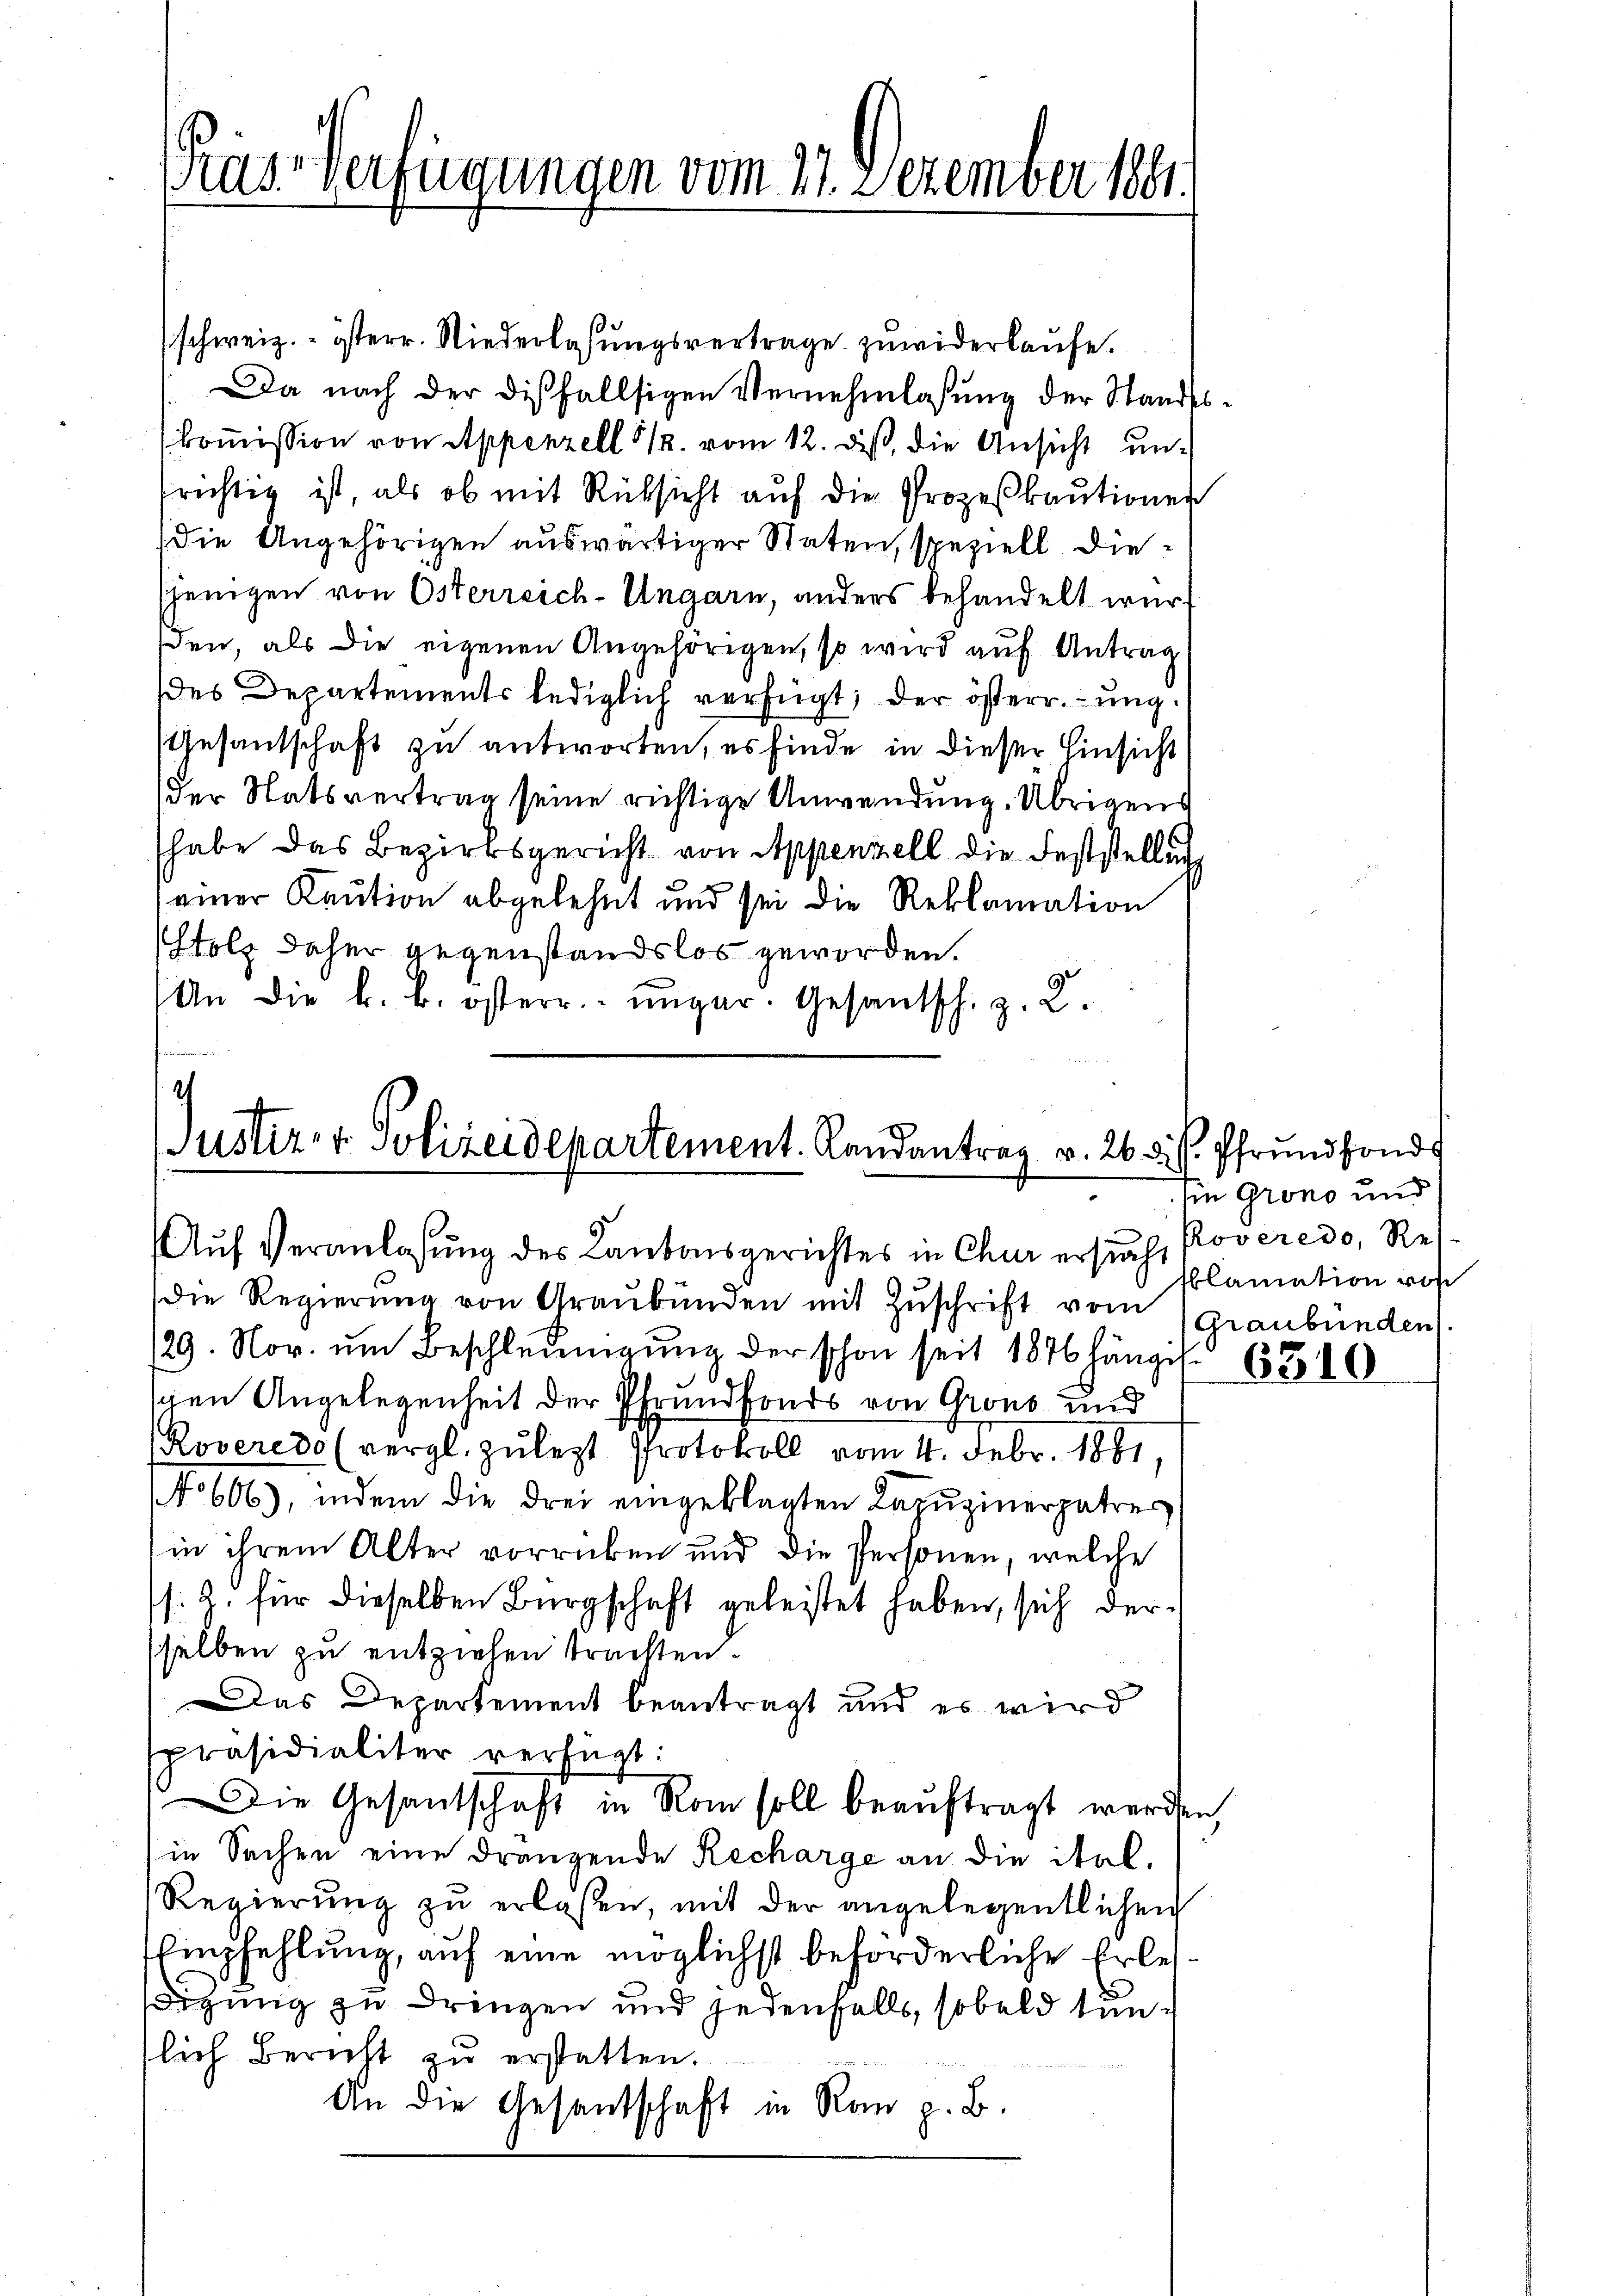
Prase Verfügungen vom 27. Dezember 1841.

schweiz. - isterr. Niederlassungsvertrage zuwiderlaufe.
Da nach der dißfallsigen Vernehmlassung der Standeskommission von Appenzell 31. vom 12. diß, die Ansicht unfrichtig ist, als ob mit Rücksicht auf die Prozeßkautionen
die Angehörigen auswärtiger Staten, speziell diesjenigen von Osterreich-Ungarn, anders behandelt wurden, als die eigenen Angehörigen, so wird auf Antrag
des Departements lediglich verfügt, der österr.-ung¬
Gesantschaft zu antworten, es finde in dieser Hinsicht
der Statsvertrag seine richtige Anwendung. Übrigens
habe das Bezirksgericht von Appenzell die Feststellung
seiner Kaution abgelehnt und sei die Reklamation
stolz daher gegenstandslos geworden.
An die k. k. österr. ungar. Gesantsch. z. L.

Justiz- & Polizeidepartement. Landantrag v. 26. d. h. Pfrundfonds

Auf Veranlassung des Lantonsgerichtes in Chur ersuch, Roveredo, Resdie Regierŭng von Graubünden mit Zŭschrift vom
/29. Nov. ŭm Beschleunigung der schon seit 1876 hänge. 630
ichen Angelegenheit der Pfrundfonds von Grons und
Roveredo (vergl. zulezt Protokoll vom 4. Febr. 1881,
No 606), indem die drei eingeklagten Kapŭzinerpatres
in ihrem Alter vorrücken und die Personen, welche
s. Z. für dieselben Bürgschaft geleistet haben, sich derselben zu entziehen trachten.
Das Departement beantragt und es wird
präsidialiter verfügt:
Die Gesantschaft in Rom soll beauftragt werden,
in Sachen eine drängende Recharge an die ital.
Regierŭng zŭ erlaßen, mit der angelegentlichen
Empfehlung, auf eine möglichst beförderliche Erbessizung zu dringen und jedenfalls, sobald sintlich Bericht zu erstatten.
An die Gesandschaft in Ran z. B.

hin grono und
klamation von
(Graubünden.